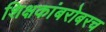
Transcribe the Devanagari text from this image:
शिक्षकांबरोबरच